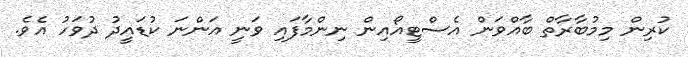
ކުރިން މިމުބާރާތް ބާއްވަން އެސްޓީއޯއިން ނިންމާފައި ވަނީ އަންނަ ކުޑައީދު ދުވަހު އެވެ.